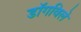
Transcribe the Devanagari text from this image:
डॉगविले